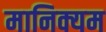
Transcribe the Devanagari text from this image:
मानिक्यम